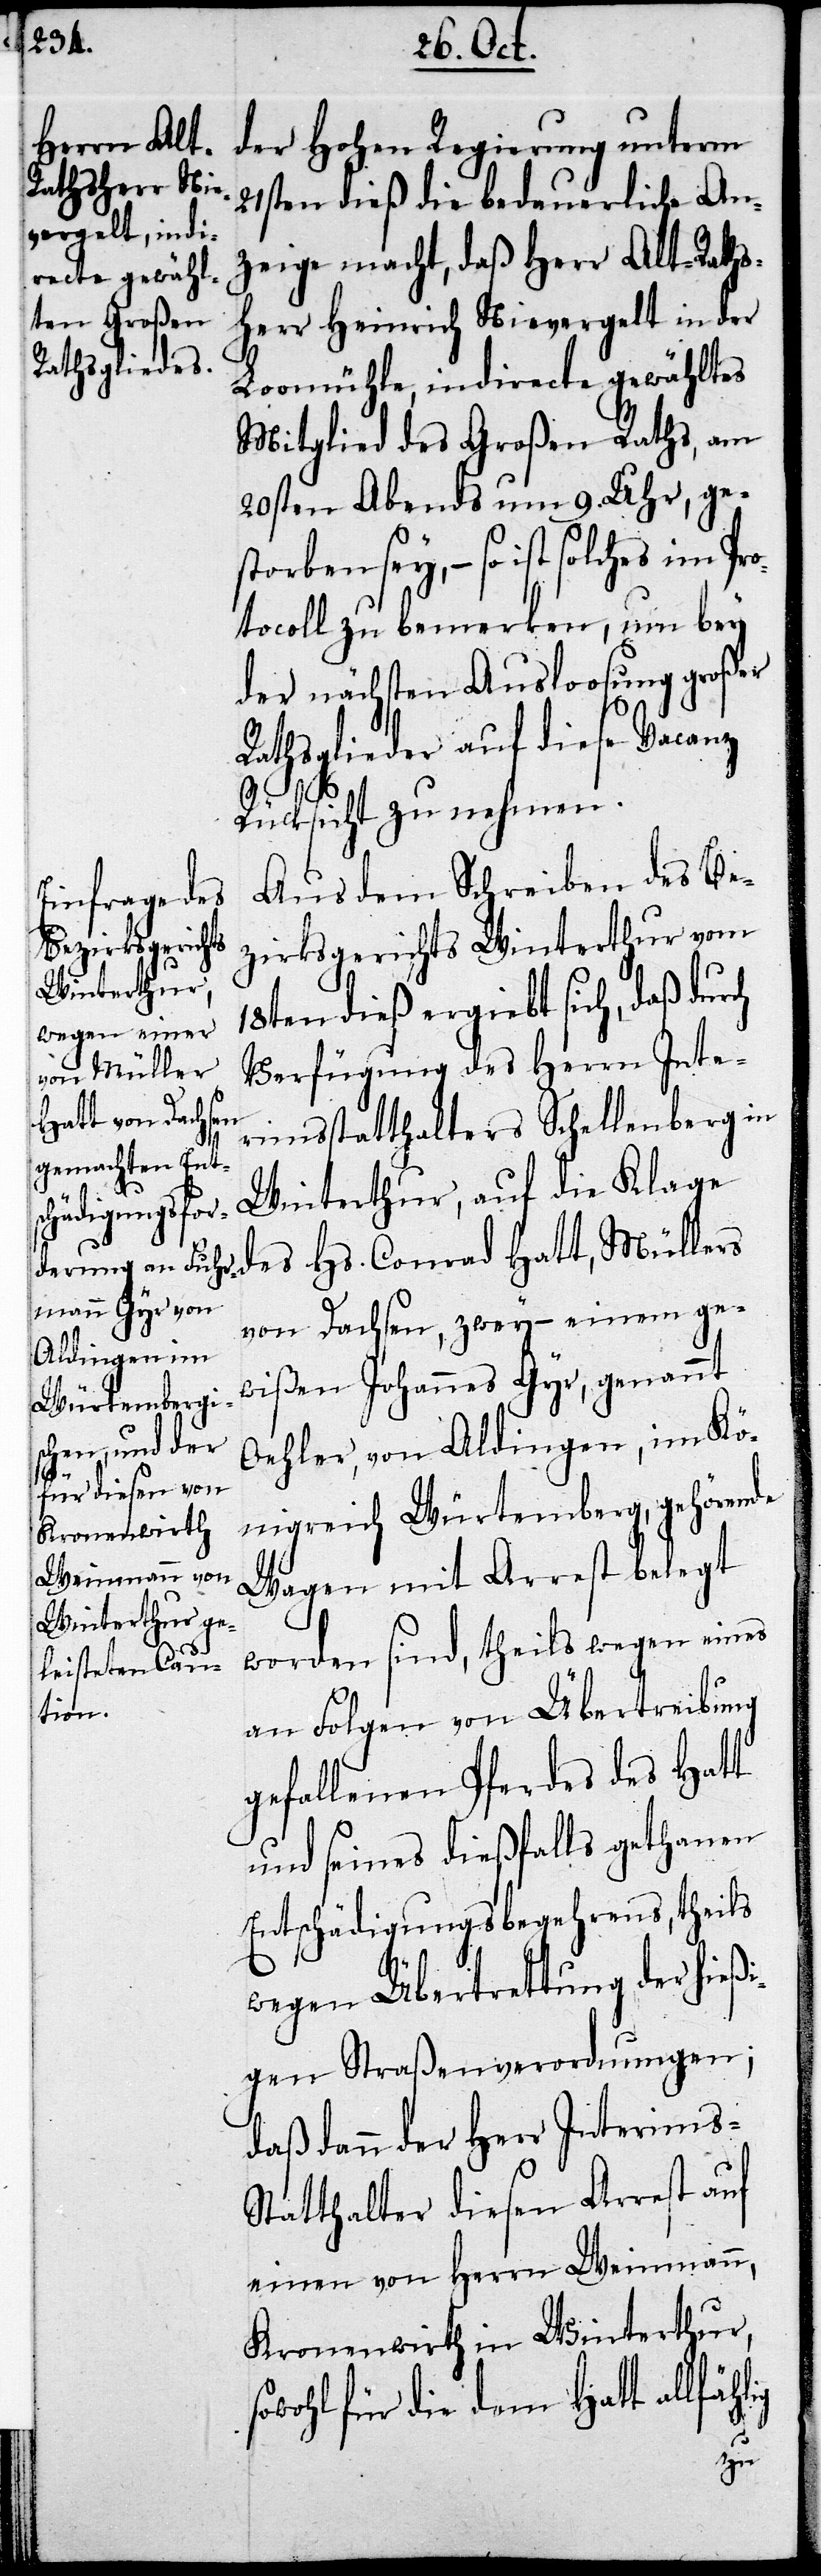
ig

der Hohen Regierung unterm
21sten dieß die bedauerliche An¬
zeige macht, daß Herr Alt-Raths¬
herr Heinrich Nievergelt in der
Loomühle, indirecte gewähltes
Mitglied des Großen Raths, am
20sten Abends um 9. Uhr , ge¬
storben sey, – so ist solches im Pr¬
otocoll zu bemerken, um bey
der nächsten Ausloosung großer
Rathsglieder auf diese Vacanz
Rücksicht zu nehmen.
Aus dem Schreiben des Be¬
zirksgerichts Winterthur vom
18ten dieß ergiebt sich, daß durch
Verfügung des Herrn Inte¬
rimsstatthalter Schellenberg in
Winterthur, auf die Klage
des Hs. Conrad Hatt, Müllers
von Dachsen, zwey – einem ge¬
wißen Joahnnes Gyr, genannt
Oehler, von Aldingen, im Kö¬
nigreich Würtemberg, gehörende
Wagen mit Arrest belegt
worden sind, theils wegen eines
an Folgen von Übertreibung
gefallenen Pferdes des Hatt
und seines dießfalls gethanen
Entschädigungsbegehrens, theils
wegen Übertrettung der hießi¬
gen Straßenverordnungen;
daß dann der Herr Interims¬
statthalter diesen Arrest auf
einen von Herrn Weinmann,
Kronenwirth in Winterthur,
sowohl für die dem Hatt allfähl¬